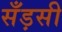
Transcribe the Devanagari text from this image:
सँड़सी